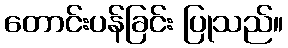
တောင်းပန်ခြင်း ပြုသည်။